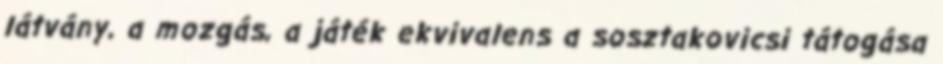
látvány, a mozgás, a játék ekvivalens a sosztakovicsi tátogása